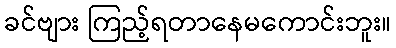
ခင်ဗျား ကြည့်ရတာနေမကောင်းဘူး။